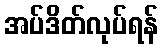
အပ်ဒိတ်လုပ်ရန်